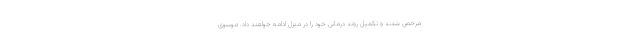
مرخص شدند و تکمیل روند درمانی خود را در منزل ادامه خواهند داد. موسوی